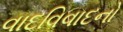
વાદવિવાદનો